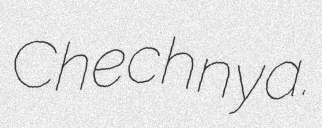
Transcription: Chechnya.